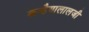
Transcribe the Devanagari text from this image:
कन्हैयालालजी